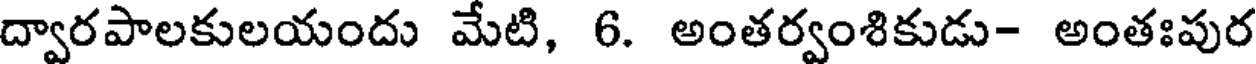
ద్వారపాలకులయందు మేటి, 6. అంతర్వంశికుడు- అంతఃపుర